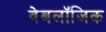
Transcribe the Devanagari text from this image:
वेबलॉजिक